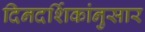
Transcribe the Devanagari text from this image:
दिनदर्शिकांनुसार